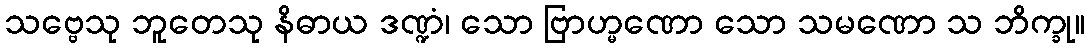
သဗ္ဗေသု ဘူတေသု နိဓာယ ဒဏ္ဍံ၊ သော ဗြာဟ္မဏော သော သမဏော သ ဘိက္ခု။